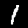
Label: 1